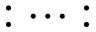
: \cdots :